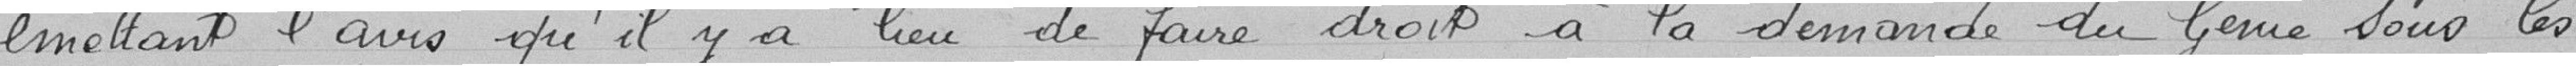
émettant l'avis qu'il y a lieu de faire droit à la demande du Génie sous les